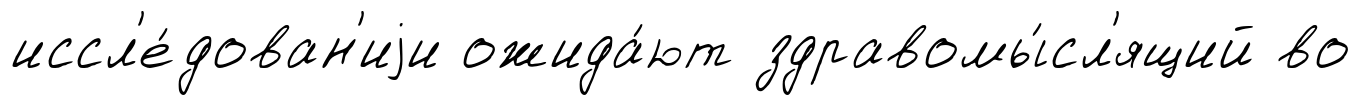
иссл'е́дован'иjи ожида́ют здравомы́сл'ящий во